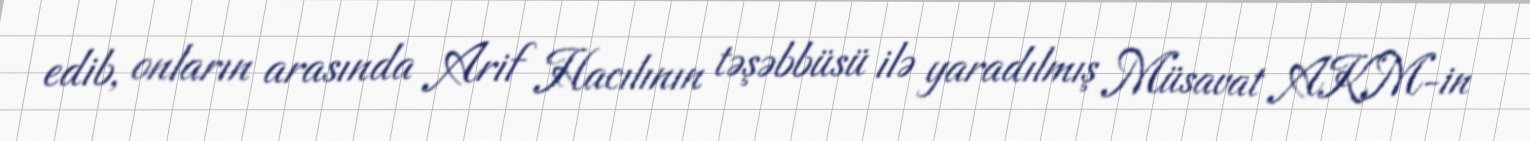
edib, onların arasında Arif Hacılının təşəbbüsü ilə yaradılmış Müsavat AKM-in